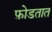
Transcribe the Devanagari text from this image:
फ़ोडतात